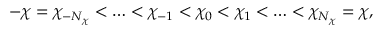
- \chi = \chi _ { - N _ { \chi } } < \ldots < \chi _ { - 1 } < \chi _ { 0 } < \chi _ { 1 } < \ldots < \chi _ { N _ { \chi } } = \chi ,